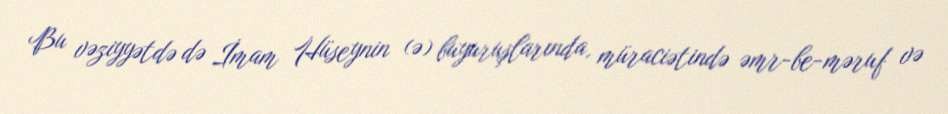
Bu vəziyyətdə də İmam Hüseynin (ə) buyuruşlarında, müraciətində əmr-be-məruf və